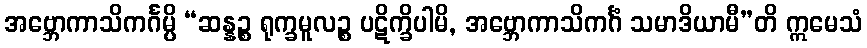
အဗ္ဘောကာသိကင်္ဂမ္ပိ “ဆန္နဉ္စ ရုက္ခမူလဉ္စ ပဋိက္ခိပါမိ, အဗ္ဘောကာသိကင်္ဂံ သမာဒိယာမီ”တိ ဣမေသံ